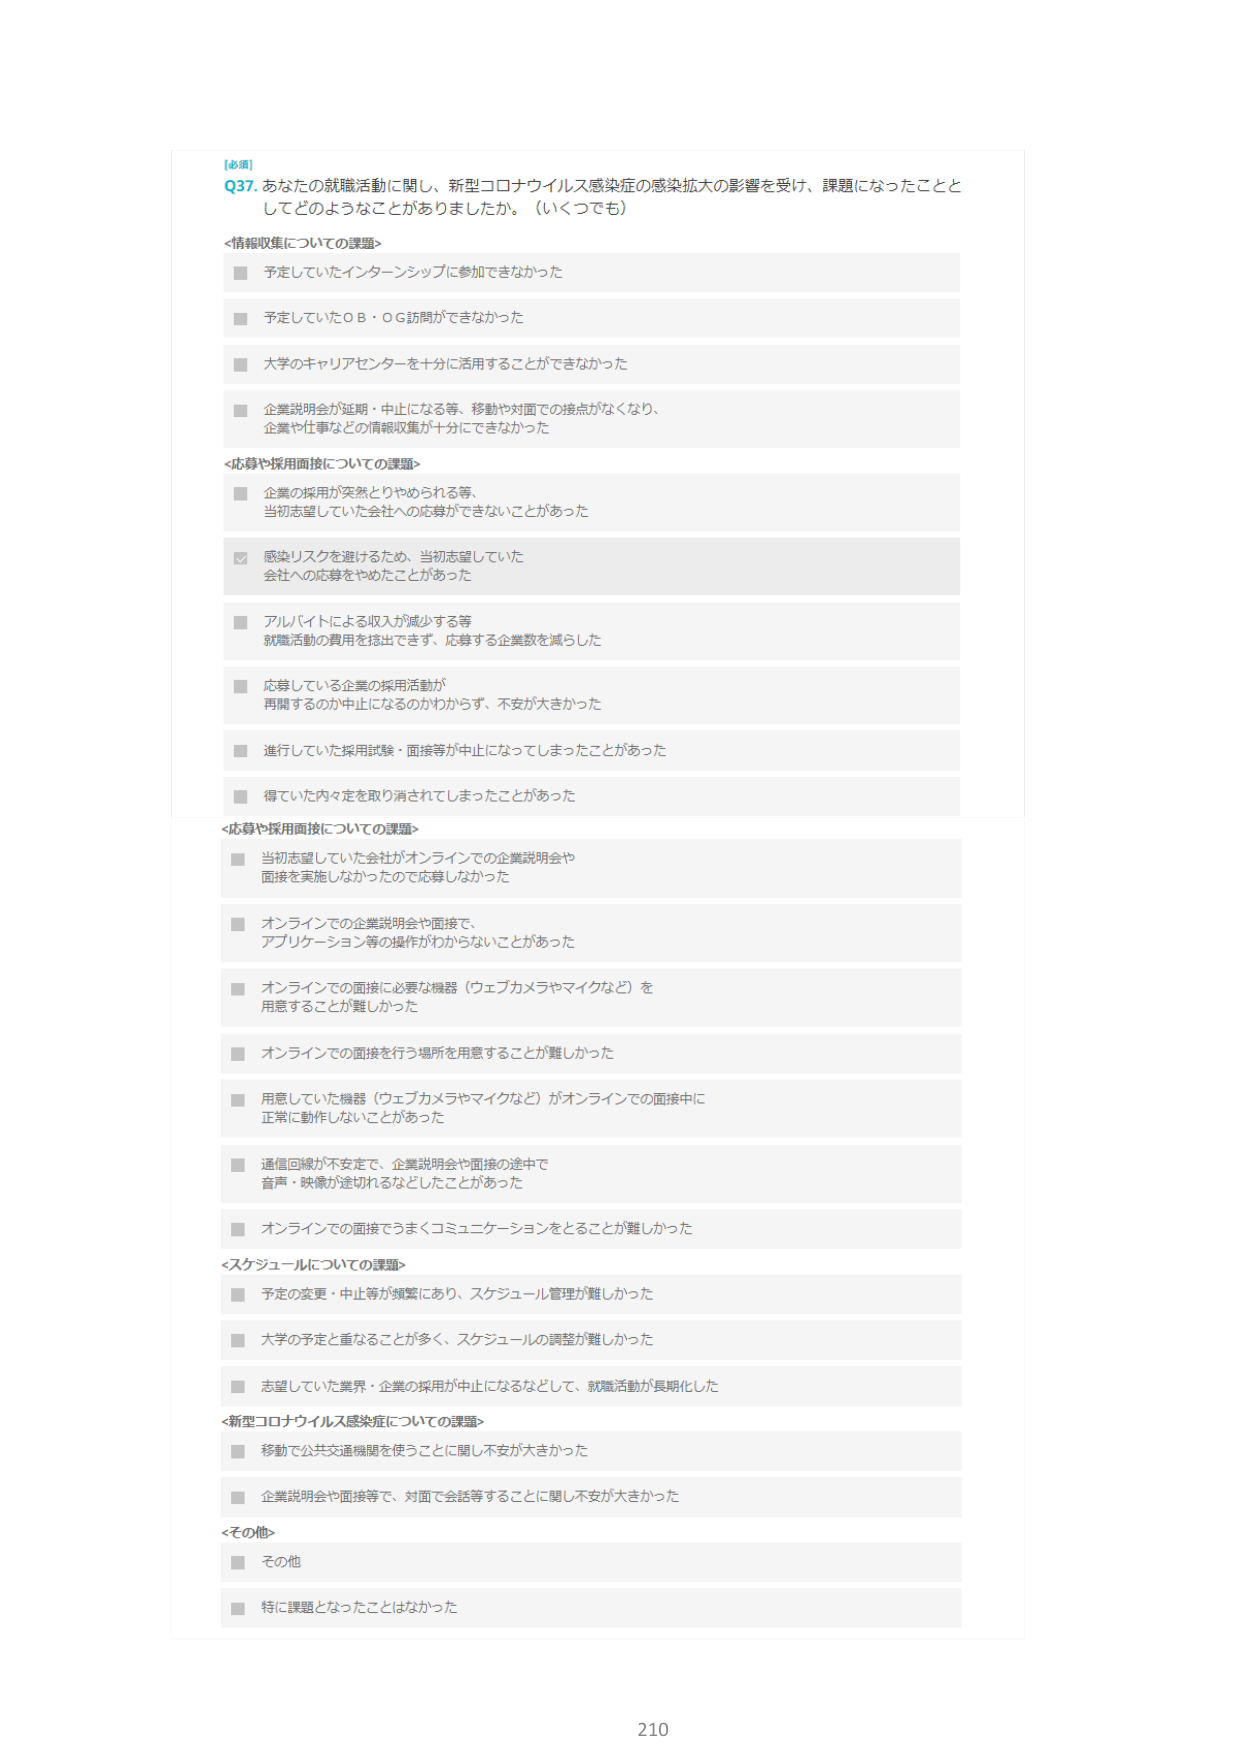
[必須]
Q37. あなたの就職活動に関し、新型コロナウイルス感染症の感染拡大の影響を受け、課題になったこととしてどのようなことがありましたか。（いくつでも）

<情報収集についての課題>
■ 予定していたインターンシップに参加できなかった
■ 予定していたＯＢ・ＯＧ訪問ができなかった
■ 大学のキャリアセンターを十分に活用することができなかった
■ 企業説明会が延期・中止になる等、移動や対面での接点がなくなり、企業や仕事などの情報収集が十分にできなかった

<応募や採用面接についての課題>
■ 企業の採用が突然とりやめられる等、当初志望していた会社への応募ができなかったことがあった
■ 感染リスクを避けるため、当初志望していた会社への応募をやめたことがあった
■ アルバイトによる収入が減少する等、就職活動の費用を捻出できず、応募する企業数を減らした
■ 応募している企業の採用活動が再開するのか中止になるのかわからず、不安が大きかった
■ 進行していた採用試験・面接等が中止になってしまったことがあった
■ 得ていた内々定を取り消されてしまったことがあった

<応募や採用面接についての課題>
■ 当初志望していた会社がオンラインでの企業説明会や面接を実施しなかったので応募しなかった
■ オンラインでの企業説明会や面接で、アプリケーション等の操作がわからなかったことがあった
■ オンラインでの面接に必要な機器（ウェブカメラやマイクなど）を用意することが難しかった
■ オンラインでの面接を行う場所を用意することが難しかった
■ 用意していた機器（ウェブカメラやマイクなど）がオンラインでの面接中に正常に動作しないことがあった
■ 通信回線が不安定で、企業説明会や面接の途中で音声・映像が途切れるなどしたことがあった
■ オンラインでの面接でうまくコミュニケーションをとることが難しかった

<スケジュールについての課題>
■ 予定の変更・中止等が頻繁にあり、スケジュール管理が難しかった
■ 大学の予定と重なることが多く、スケジュールの調整が難しかった
■ 志望していた業界・企業の採用が中止になるなどして、就職活動が長期化した

<新型コロナウイルス感染症についての課題>
■ 移動で公共交通機関を使うことに関して不安が大きかった
■ 企業説明会や面接等で、対面で会話等することに関して不安が大きかった

<その他>
■ その他
■ 特に課題となったことはなかった

210